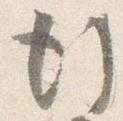
行